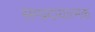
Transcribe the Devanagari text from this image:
सम्प्रदायात्मक